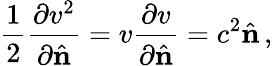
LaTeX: \frac{1}{2}\frac{\partial v^{2}}{\partial\hat{\mathbf n}}=v\frac{\partial v}{\partial\hat{\mathbf n}}=c^{2}\hat{\mathbf n}\, ,